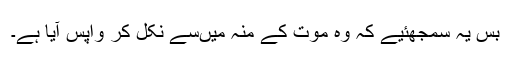
بس یہ سمجھئیے کہ وہ موت کے منہ میں‌سے نکل کر واپس آیا ہے۔